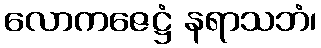
လောကဇေဋ္ဌံ နရာသဘံ၊